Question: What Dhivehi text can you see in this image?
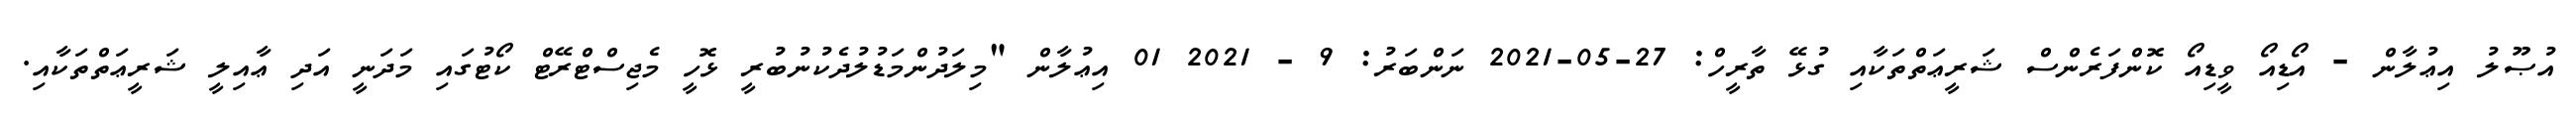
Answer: އުޞޫލު އިޢުލާން - އޯޑިއޯ ވީޑިއޯ ކޮންފަރެންސް ޝަރީޢަތްތަކާއި ގުޅޭ ތާރީހް: 27-05-2021 ނަންބަރު: 9 - 2021 01 އިޢުލާން "މިލަދުންމަޑުލުދެކުނުބުރީ ޅޮހީ މެޖިސްޓްރޭޓް ކޯޓުގައި މަދަނީ އަދި ޢާއިލީ ޝަރީޢަތްތަކާއި.